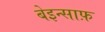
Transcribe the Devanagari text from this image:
बेइन्साफ़